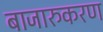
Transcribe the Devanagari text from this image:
बाजारुकरण